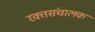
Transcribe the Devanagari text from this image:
रक्तसंचालक